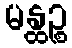
မန္ထဉ္စ